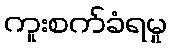
ကူးစက်ခံရမှု